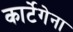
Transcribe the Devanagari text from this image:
कार्टेगेना